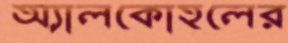
অ্যালকোহলের